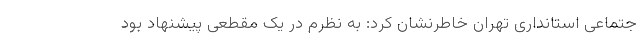
جتماعی استانداری تهران خاطرنشان کرد: به نظرم در یک مقطعی پیشنهاد بود